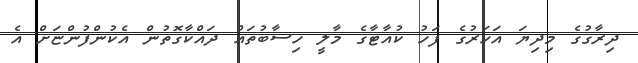
ދިރާގުގެ މިދިޔަ އަހަރުގެ ފަހު ކުއާޓާގެ މާލީ ހިސާބުތައް ދައްކާގޮތުން އެކުންފުންޏަށް އެ